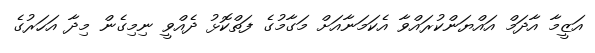
އަޒީމާ އާދަމް އައްޔަންކުރައްވާ އެކަމަނާއަށް މަގާމުގެ ފަތްކޮޅު ދެއްވީ ނިމިގެން މިދާ އަހަރުގެ